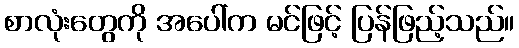
စာလုံးတွေကို အပေါ်က မင်ဖြင့် ပြန်ဖြည့်သည်။